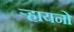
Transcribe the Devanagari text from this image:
ऱ्हायनो